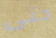
حتى